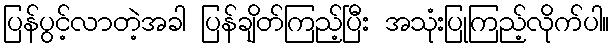
ပြန်ပွင့်လာတဲ့အခါ ပြန်ချိတ်ကြည့်ပြီး အသုံးပြုကြည့်လိုက်ပါ။